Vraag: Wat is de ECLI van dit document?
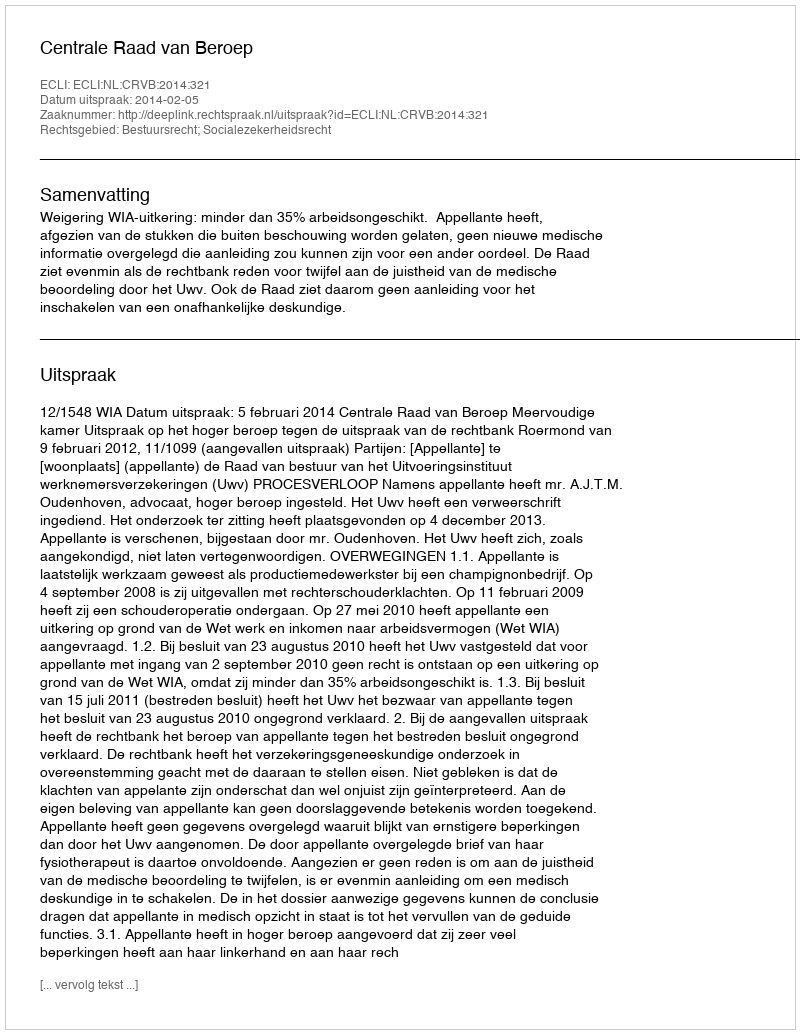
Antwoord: ECLI:NL:CRVB:2014:321